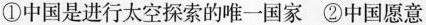
①中国是进行太空探索的唯一国家 ②中国愿意